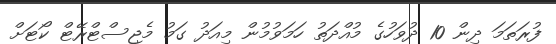
ފުރަތަމަ ދިން 10 ދުވަހުގެ މުއްދަތު ހަމަވުމުން މިއަދު ގަމު މެޖިސްޓްރޭޓް ކޯޓަށް